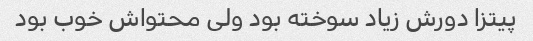
پیتزا دورش زیاد سوخته بود ولی محتواش خوب بود